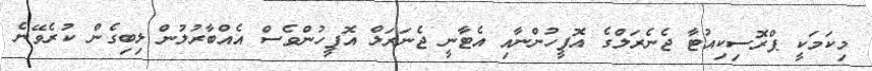
މިކަމަކީ ޕްރޮސިކިއުޓާ ޖެނެރަލްގެ އޮފީހުންނާއި އެޓާނީ ޖެނަރަލް އޮފީހުންވެސް އެއްބާރުލުން ލިބިގެން ކުރެވޭނެ